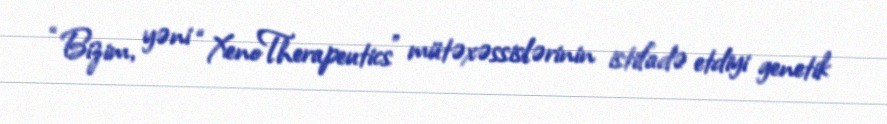
“Bizim, yəni “XenoTherapeutics” mütəxəssislərinin istifadə etdiyi genetik